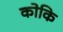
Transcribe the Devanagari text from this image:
कोकि